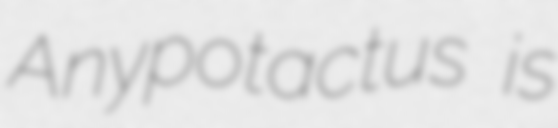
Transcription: Anypotactus is